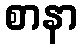
စာနာ